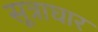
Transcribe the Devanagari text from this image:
सूत्राघार